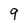
Character: 9